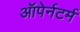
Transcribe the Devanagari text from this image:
ऑपेर्नटर्म